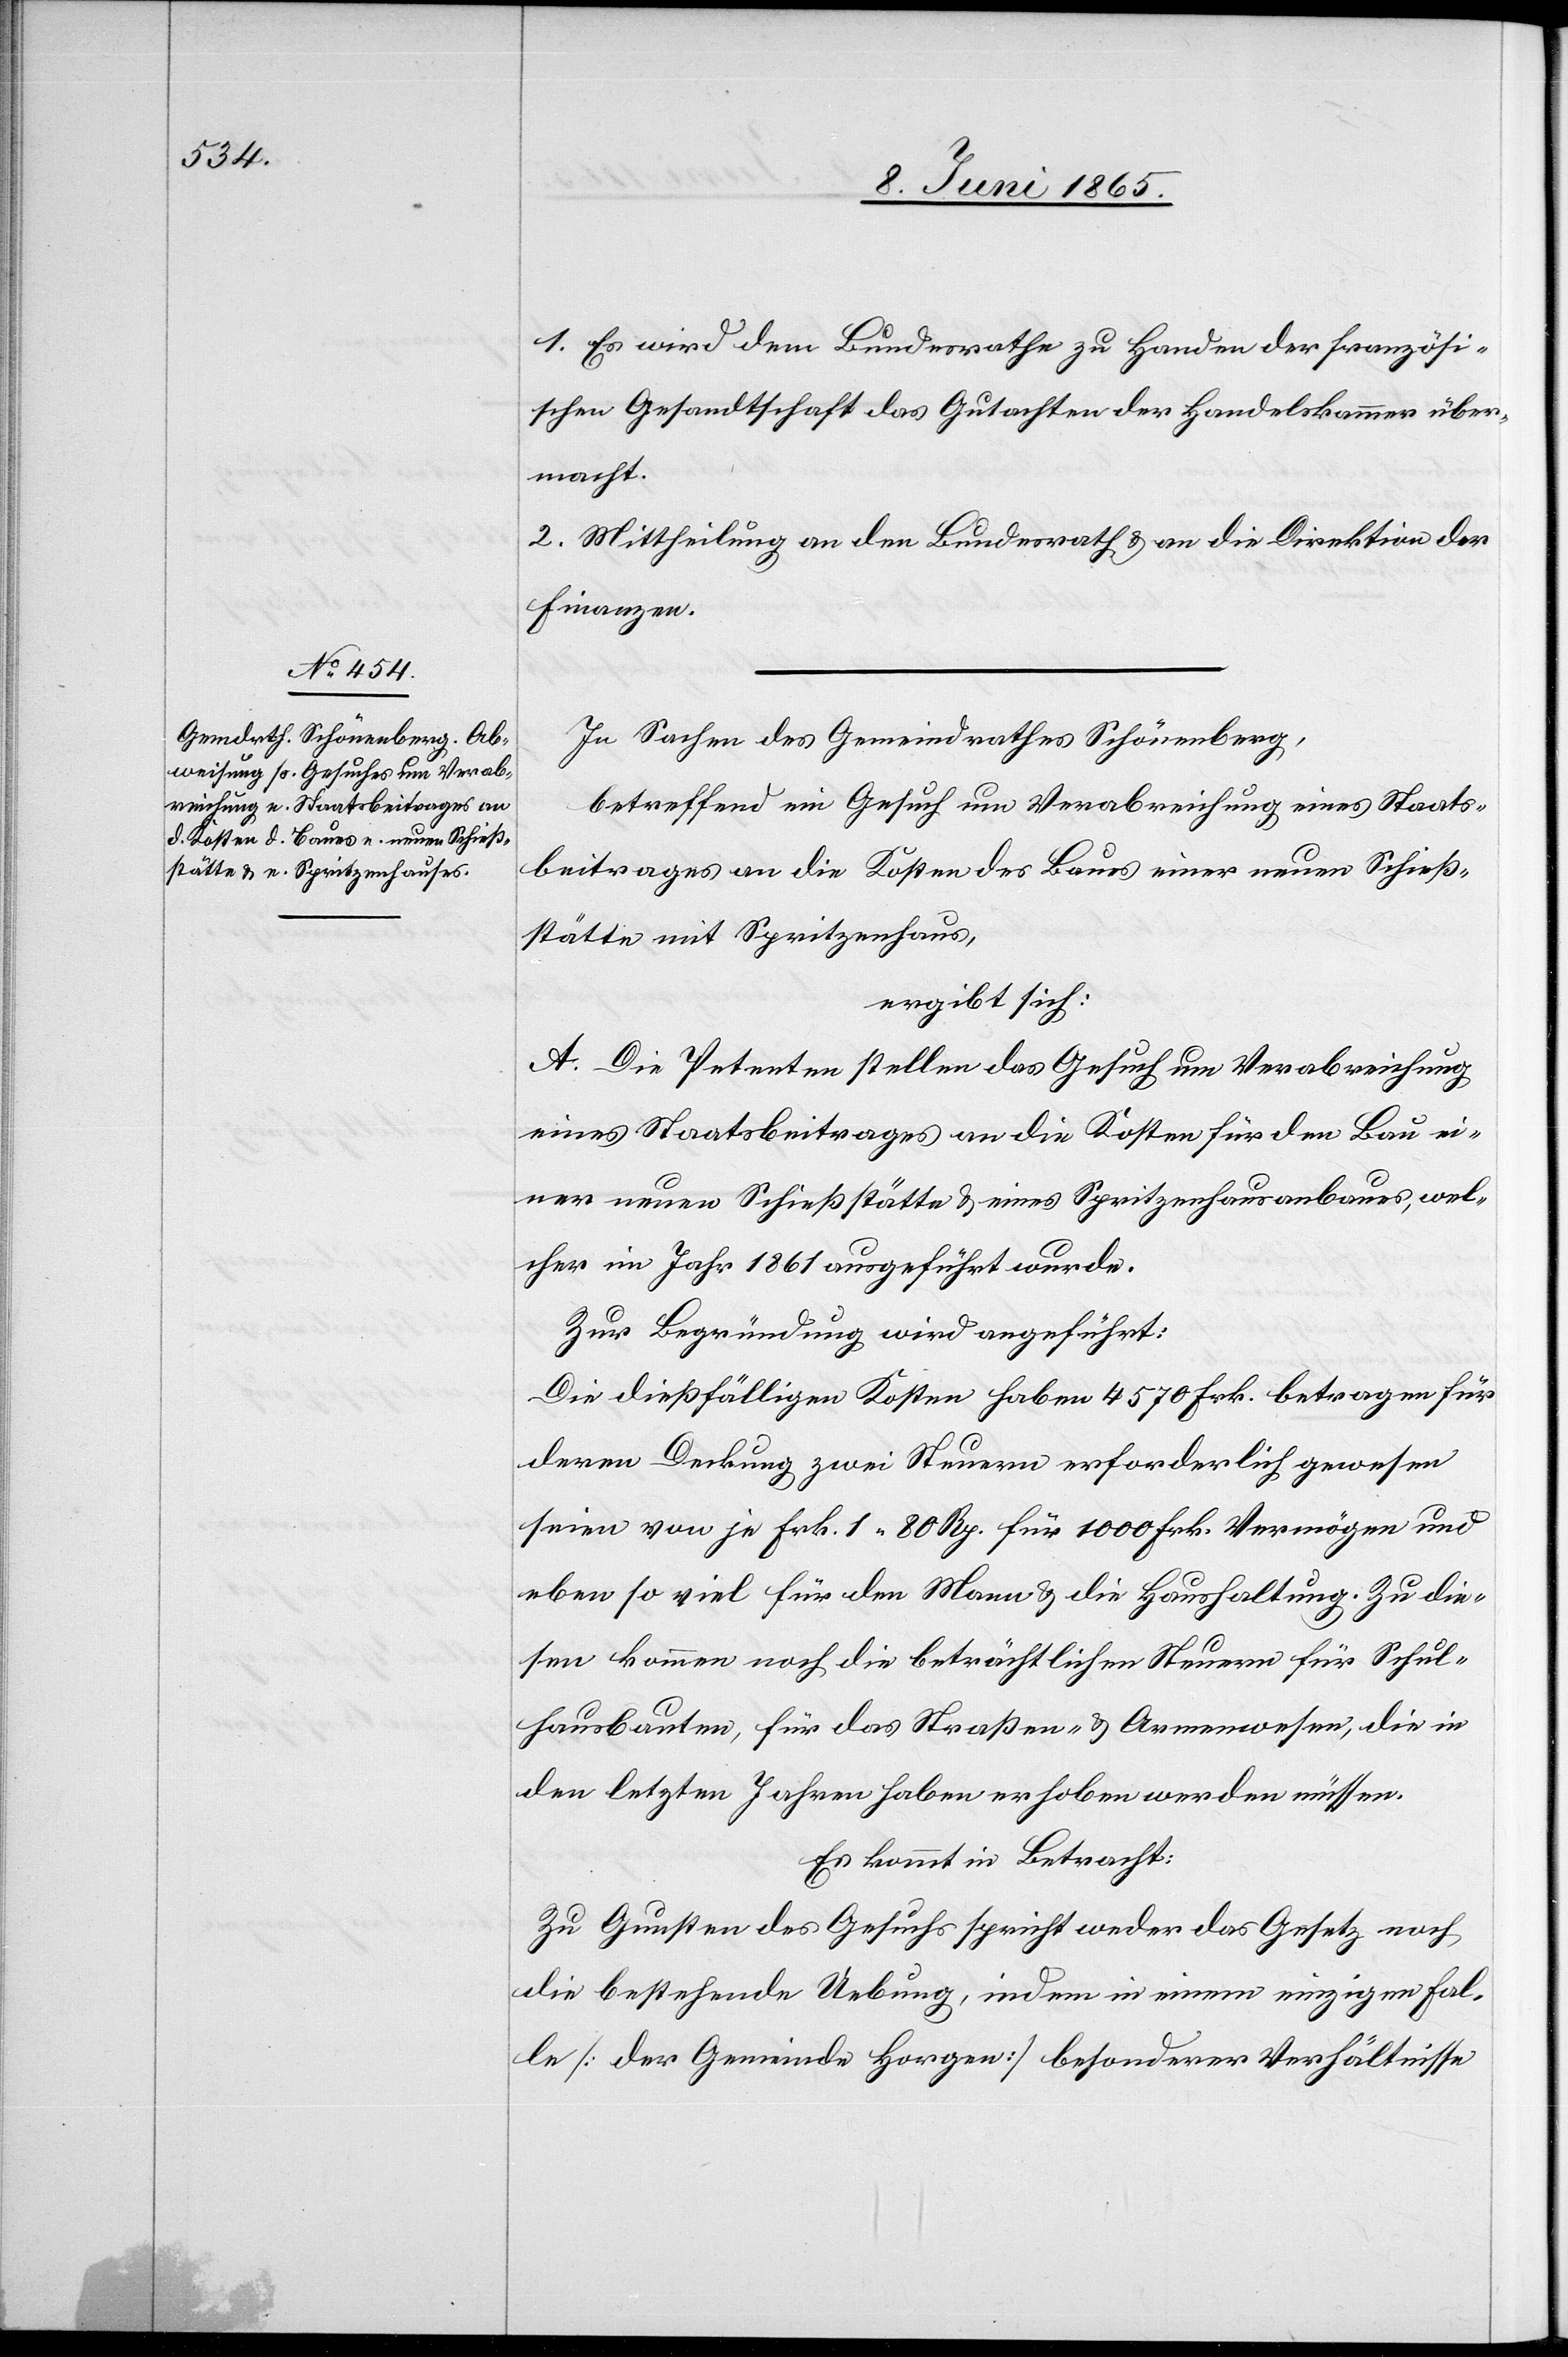
1. Es wird dem Bundesrathe zu Handen der französi¬
schen Gesandtschaft das Gutachten der Handelskammer über¬
macht.
2. Mittheilung an den Bundesrath & an die Direktion der
Finanzen.
In Sachen des Gemeindrathes Schönenberg,
betreffend ein Gesuch um Verabreichung eines Staats¬
beitrages an die Kosten des Baues einer neuen Schieß¬
stätte mit Spritzenhaus,
ergibt sich:
A. Die Petenten stellen das Gesuch um Verabreichung
eines Staatsbeitrages an die Kosten für den Bau ei¬
ner neuen Schießstätte & eines Spritzenhausanbaues, wel¬
cher im Jahr 1861 ausgeführt wurde.
Zur Begründung wird angeführt:
Die dießfälligen Kosten haben 4570 Frk. betragen für
deren Deckung zwei Steuern erforderlich gewesen
seien von je Frk. 1 80 Rp. für 1000 Frk. Vermögen und
eben so viel für den Mann & die Haushaltung. Zu die¬
sem kommen noch die beträchtlichen Steuern für Schul¬
hausbauten, für das Straßen- & Armenwesen, die in
den letzten Jahren haben erhoben werden müssen.
Es kommt in Betracht:
Zu Gunsten des Gesuchs spricht weder das Gesetz noch
die bestehende Uebung, indem in einem einzigen Fal¬
le [der Gemeinde Horgen] besonderer Verhältnisse